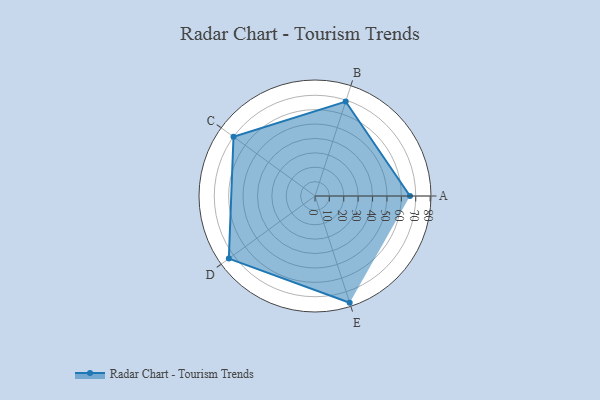
{"axis": {"x": "Skill", "y": "Score"}, "legend": ["Profile"], "data": [{"x": "A", "y": 66.0, "type": "Profile"}, {"x": "B", "y": 69.0, "type": "Profile"}, {"x": "C", "y": 70.0, "type": "Profile"}, {"x": "D", "y": 74.0, "type": "Profile"}, {"x": "E", "y": 78.0, "type": "Profile"}]}